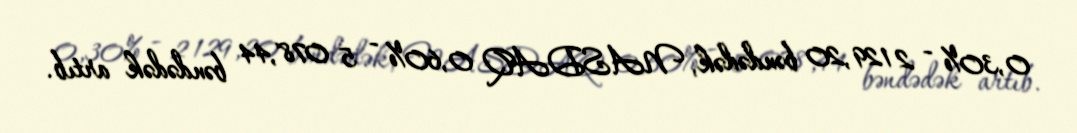
0,30% - 2 129,20 bəndədək, NASDAQ 0,60% - 5 078,44 bəndədək artıb.